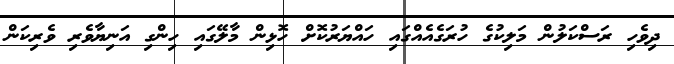
ދިވެހި ރަސްކަލުން މަލިކުގެ ހުރަގެއެއްގައި ހައްޔަރުކޮށް ހޮޅިން މާލޭގައި ހިންގި އަނިޔާވެރި ވެރިކަން